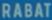
RABAT